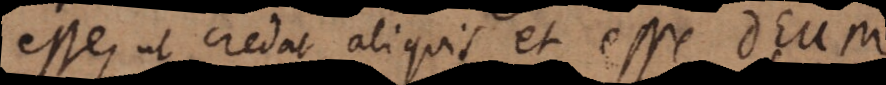
esse, ut credat aliquis et esse De